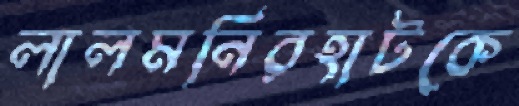
লালমনিরহাটকে